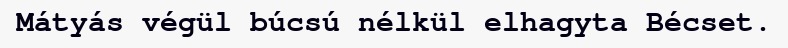
Mátyás végül búcsú nélkül elhagyta Bécset.